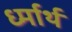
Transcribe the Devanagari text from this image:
र्ध्मार्थ